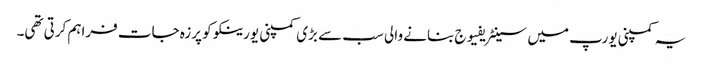
یہ کمپنی یورپ میں سینٹریفیوج بنانے والی سب سے بڑی کمپنی یورینکو کو پرزہ جات فراہم کرتی تھی۔